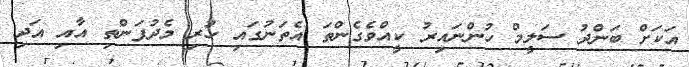
އަކަށް ބަންދު ސަލީމް ހުންނައިރު ކީއްވެގެންތަ އެތަނުގައި ހުރި މެދުފަންތި އާއި އަދި